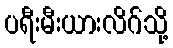
ပရီးမီးယားလိဂ်သို့